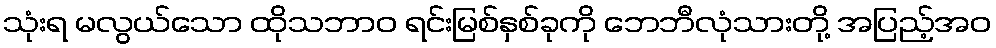
သုံးရ မလွယ်သော ထိုသဘာဝ ရင်းမြစ်နှစ်ခုကို ဘေဘီလုံသားတို့ အပြည့်အဝ